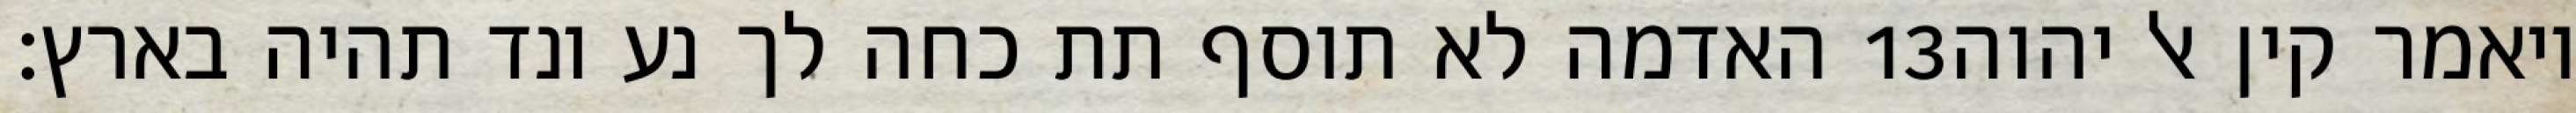
האדמה לא תוסף תת כחה לך נע ונד תהיה בארץ׃ ‎13‏ ויאמר קין אל יהוה